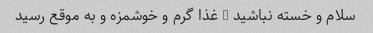
سلام و خسته نباشید … غذا گرم و خوشمزه و به موقع رسید